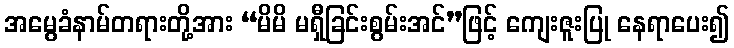
အမွေခံနာမ်တရားတို့အား “မိမိ မရှီခြင်းစွမ်းအင်”ဖြင့် ကျေးဇူးပြု နေရာပေး၍